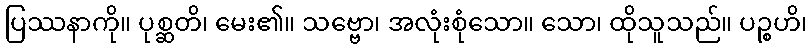
ပြဿနာကို။ ပုစ္ဆတိ၊ မေး၏။ သဗ္ဗော၊ အလုံးစုံသော။ သော၊ ထိုသူသည်။ ပဉ္စဟိ၊